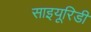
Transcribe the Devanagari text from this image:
साइयूरिडी